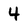
Character: 4